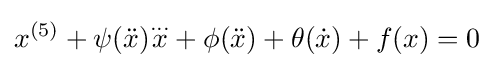
x^{(5)}+\psi ({\ddot {x}}){\overset {...}{x}}+\phi ({\ddot {x}})+\theta ({\dot {x}})+f(x)=0